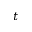
t